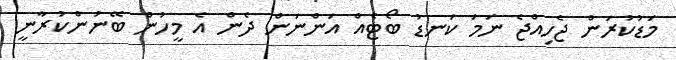
މަޑުކުރަން ޖެހިއްޖެ ނަމަ ކަނޑު ބޯޓެއް އަންނަން ދެން އެ މީހުން ބޭނުންކުރާނީ